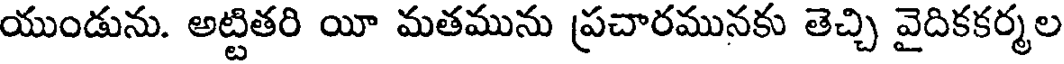
యుండును. అట్టితరి యీ మతమును ప్రచారమునకు తెచ్చి వైదికకర్మల